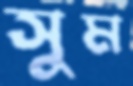
সুম